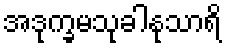
အဒုက္ခမသုခါနုသာရိ